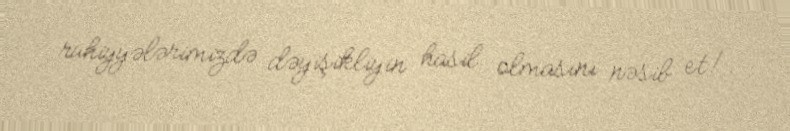
ruhiyyələrimizdə dəyişikliyin hasil olmasını nəsib et!.